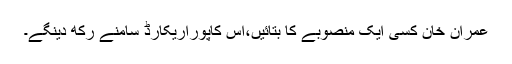
عمران خان کسی ایک منصوبے کا بتائیں،اس کاپوراریکارڈ سامنے رکھ دینگے۔